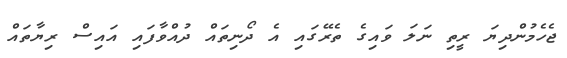
ޖެހެމުންދިޔަ ރީތި ނަލަ ވައިގެ ތެރޭގައި އެ ދޯނިތައް ދުއްވާފައި އައިސް ރިޔާތައް